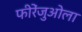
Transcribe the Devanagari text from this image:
फीरेंजुओला